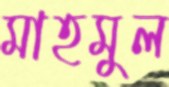
মাহমুল